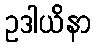
ဥဒါယိနာ